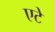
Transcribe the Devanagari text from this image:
एटे